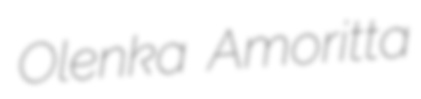
Olenka Amoritta